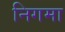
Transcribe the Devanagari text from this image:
निगमा